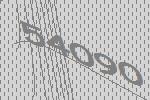
54090